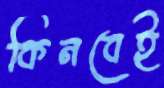
কিনবেই